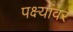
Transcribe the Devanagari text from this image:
पक्ष्यांवर